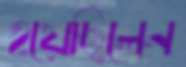
হয়েছিলেন